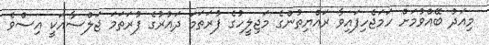
މިއަދު ބޭއްވުމަށް ހަމަޖެހިފައިވާ ރައްޔިތުންގެ މަޖިލީހުގެ ފުރަތަމަ ދައުރުގެ ފުރަތަމަ ޖަލްސާއަކީ އިސްވެ